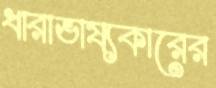
ধারাভাষ্যকারের